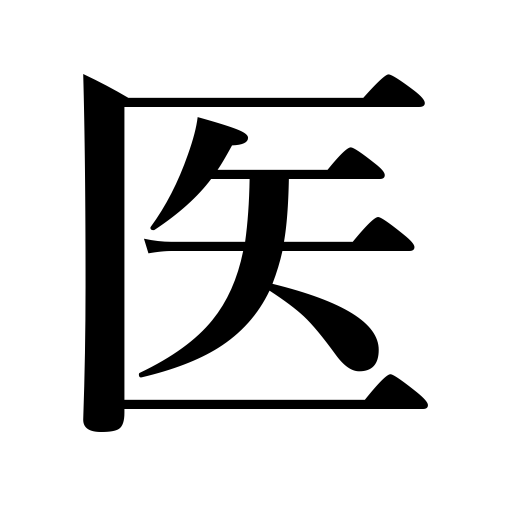
Meanings: doctor,the healing art,medicine